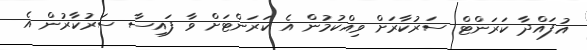
އުފައްދާ ކަރަންޓް ސަރުކާރަށް ވިއްކުމުން އެ ކަރަންޓަށް ވާ ފައިސާ ސަރުކާރުން އެ